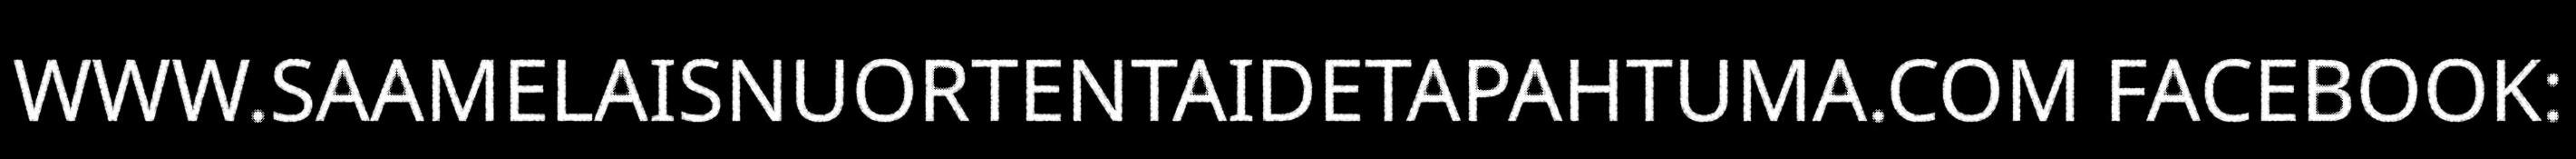
WWW.SAAMELAISNUORTENTAIDETAPAHTUMA.COM FACEBOOK: